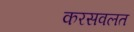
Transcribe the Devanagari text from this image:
करसवलत